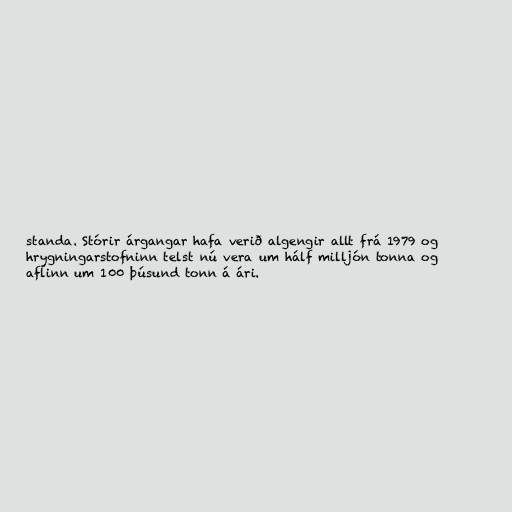
standa. Stórir árgangar hafa verið algengir allt frá 1979 og
hrygningarstofninn telst nú vera um hálf milljón tonna og
aflinn um 100 þúsund tonn á ári.